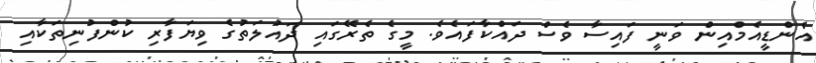
އެންޑީއެމްއިން ވަނީ ފައިސާ ވެސް ދައްކާފައެވެ. މީގެ ތެރޭގައި ދައުލަތުގެ ވިޔަފާރި ކުންފުނިތަކާއި